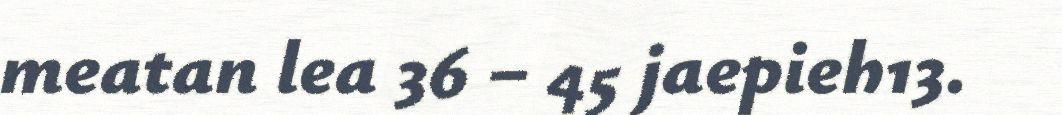
meatan lea 36 – 45 jaepieh13.